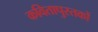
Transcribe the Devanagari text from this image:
कवितापुस्तकों